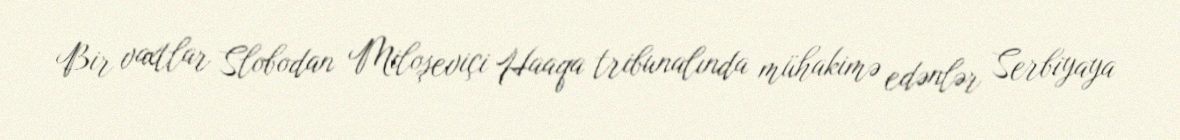
Bir vaxtlar Slobodan Miloşeviçi Haaqa tribunalında mühakimə edənlər Serbiyaya